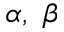
\alpha , ~ \beta